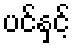
ပင်နှင့်